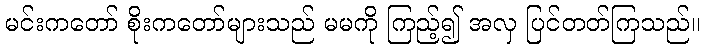
မင်းကတော် စိုးကတော်များသည် မမကို ကြည့်၍ အလှ ပြင်တတ်ကြသည်။